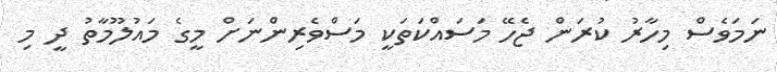
ނަމަވެސް މިހާރު ކުރަން ޖެހޭ މަސައްކަތަކީ މަސްވެރިންނަށް މީގެ މައުލޫމާތު ދީ މި